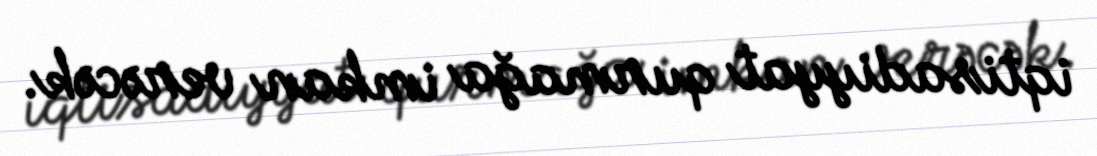
iqtisadiyyat qurmağa imkan verəcək.